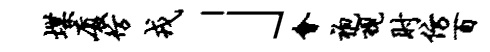
堞厦彷戎」会袍视肘仿百